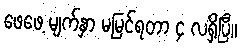
ဖေဖေ့ မျက်နှာ မမြင်ရတာ ၄ လရှိပြီ။